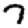
Digit: 7